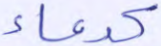
كدعاء